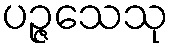
ပဉ္ဇသေသု